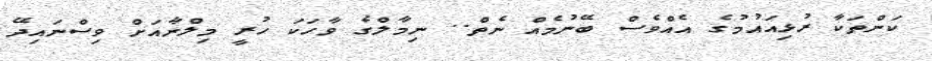
ކަންތަކާ ރުޅިއައުމުގެ އެއްވެސް ބޭނުމެއް ނެތް.. ނިމާލްގެ ވާހަކަ ހުރީ މިލްނާއަށް ވިސްނައިދޭ